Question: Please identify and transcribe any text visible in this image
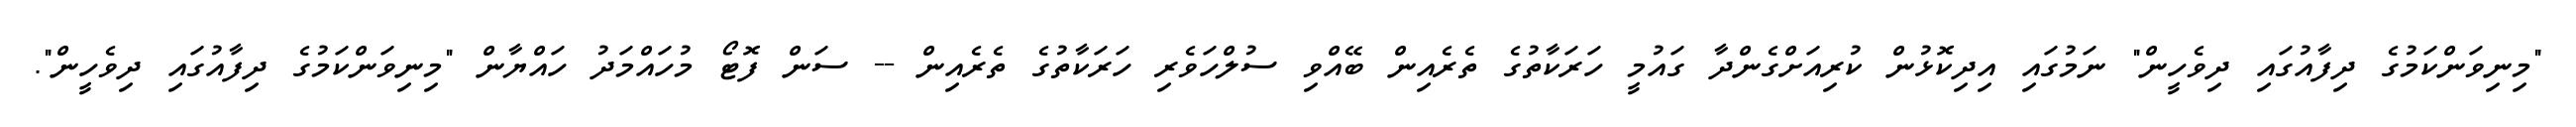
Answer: "މިނިވަންކަމުގެ ދިފާއުގައި ދިވެހީން" ނަމުގައި އިދިކޮޅުން ކުރިއަށްގެންދާ ގައުމީ ހަރަކާތުގެ ތެރެއިން ބޭއްވި ސުލްހަވެރި ހަރަކާތުގެ ތެރެއިން -- ސަން ފޮޓޯ މުހައްމަދު ހައްޔާން "މިނިވަންކަމުގެ ދިފާއުގައި ދިވެހީން".